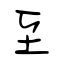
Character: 至